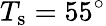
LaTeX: T_{\mathrm{s}}=55^{\circ}